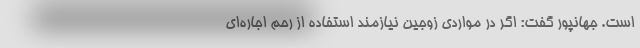
است. جهانپور گفت: اگر در مواردی زوجین نیازمند استفاده از رحم اجاره‌ای